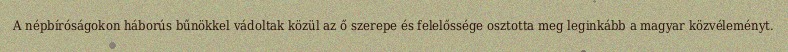
A népbíróságokon háborús bűnökkel vádoltak közül az ő szerepe és felelőssége osztotta meg leginkább a magyar közvéleményt.